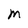
Character: M